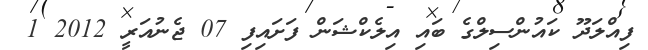
ފިއްލަދޫ ކައުންސިލްގެ ބައި އިލެކްޝަން ފަށައިފި 07 ޖެނުއަރީ 2012 1